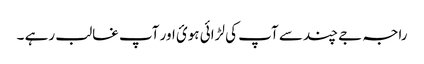
راجہ جے چند سے آپ کی لڑائی ہوئ اور آپ غالب رہے ۔